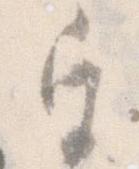
宮